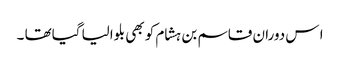
ا س دوران قاسم بن ہشام کو بھی بلوالیا گیاتھا ۔